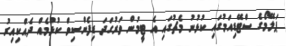
ޕަލޭމޯގެ ސްޓޭޑިއަމުގައި ކުުޅުނު މެޗުގައި އެ ޓީމުން ވަރުގަދަ ޑިފެންސިވް ކުޅުމެއް ދެއްކިއިރު